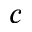
c